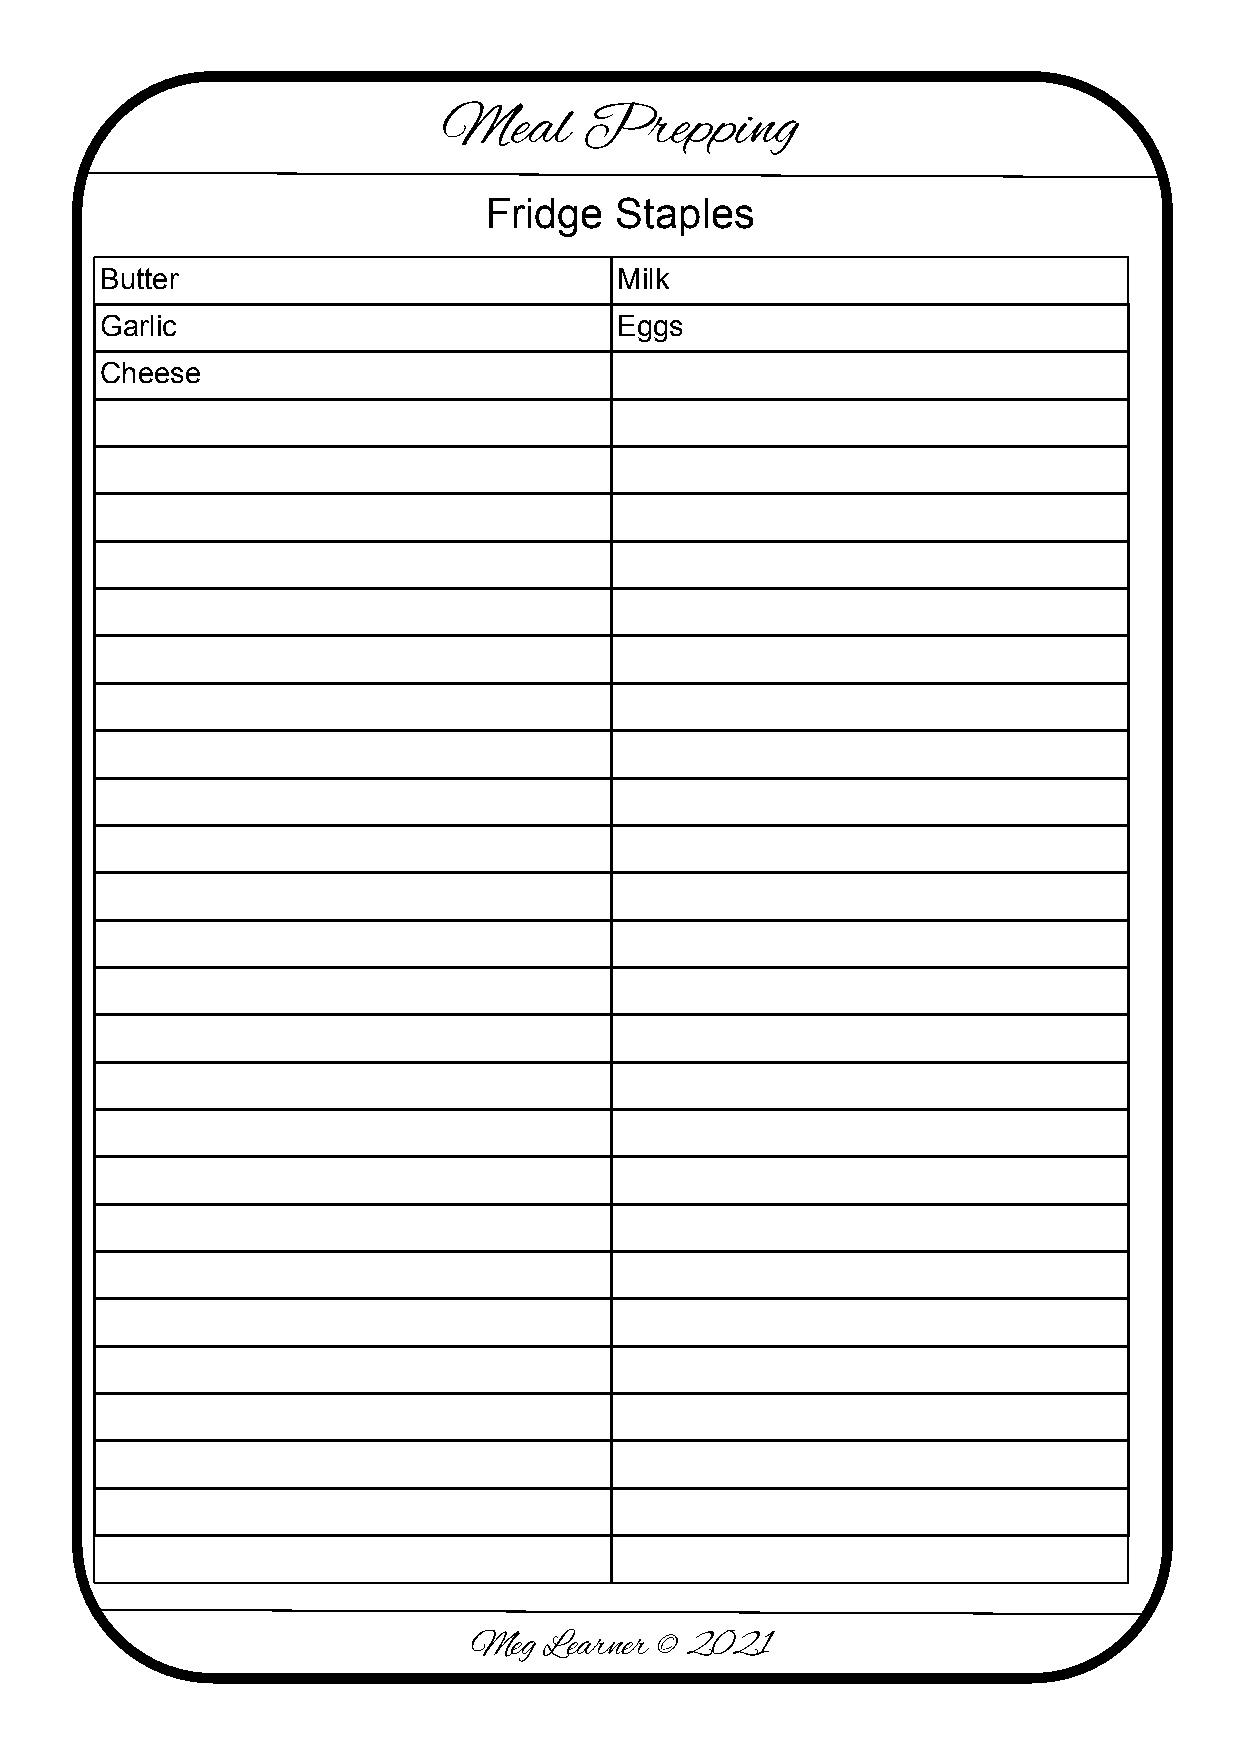
Meal      Prepping
 Fridge   Staples
 Butter                            Milk
 Garlic                            Eggs
 Cheese
 Meg  Learner © 2021